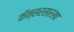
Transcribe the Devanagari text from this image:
कॅन्सरसारखा